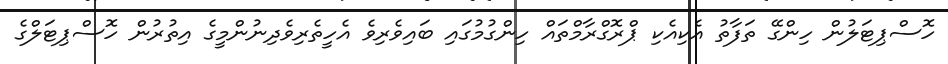
ހޮސްޕިޓަލުން ހިންގޭ ތަފާތު އެކިއެކި ޕްރޮގްރާމްތައް ހިންގުމުގައި ބައިވެރިވެ އެހީތެރިވެދިނުންމީގެ އިތުރުން ހޮސްޕިޓަލްގެ